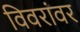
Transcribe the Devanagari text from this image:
विवरांवर